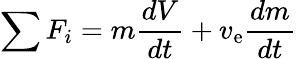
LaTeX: \sum F_{i}=m{\frac{dV}{dt}}+v_{\mathrm{e}}{\frac{dm}{dt}}